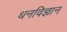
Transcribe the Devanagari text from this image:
धनविज्ञान